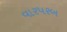
વારપરબ